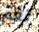
نعم